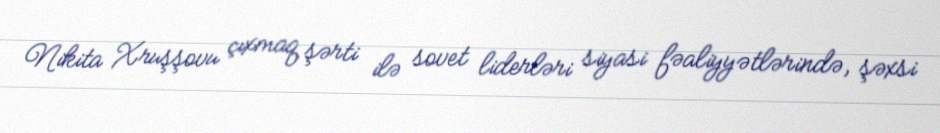
Nikita Xruşşovu çıxmaq şərti ilə sovet liderləri siyasi fəaliyyətlərində, şəxsi